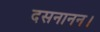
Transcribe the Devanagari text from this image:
दसनानन।